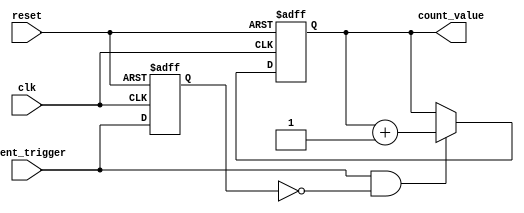
module event_triggered_counter (
    input wire clk,               // System clock
    input wire reset,             // Asynchronous reset
    input wire event_trigger,     // Event trigger signal
    output reg [7:0] count_value  // Current count value (8-bit)
);

    // Memory block to store the count value
    reg [7:0] memory_block;       // 8-bit memory block

    // Edge detection for the event_trigger signal
    reg event_trigger_prev;       // Previous state of the event trigger

    always @(posedge clk or posedge reset) begin
        if (reset) begin
            // Initialize the counter to zero on reset
            memory_block <= 8'b0;
            count_value <= 8'b0;
            event_trigger_prev <= 1'b0;
        end else begin
            // Detect rising edge of event_trigger
            if (event_trigger && !event_trigger_prev) begin
                // Read current count value from memory block
                count_value <= memory_block;

                // Increment the count value
                count_value <= count_value + 1;

                // Write updated count value back to memory block
                memory_block <= count_value;
            end
            
            // Update previous state of event_trigger
            event_trigger_prev <= event_trigger;
        end
    end

endmodule